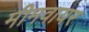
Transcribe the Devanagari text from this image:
मीमवायर